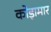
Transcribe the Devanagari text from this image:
कोड़ामार